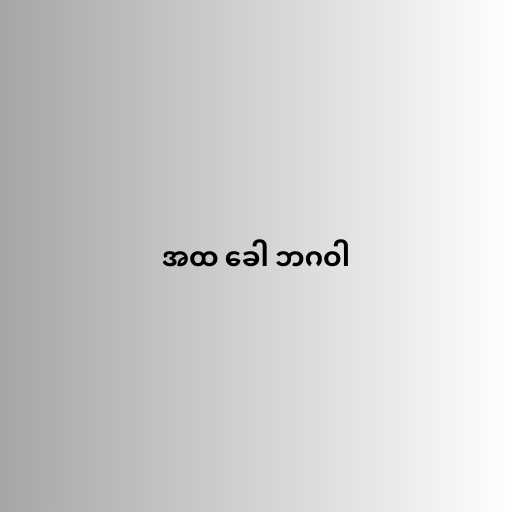
အထ ခေါ ဘဂဝါ